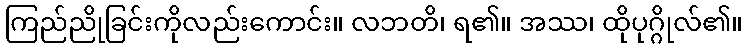
ကြည်ညိုခြင်းကိုလည်းကောင်း။ လဘတိ၊ ရ၏။ အဿ၊ ထိုပုဂ္ဂိုလ်၏။